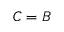
C = B